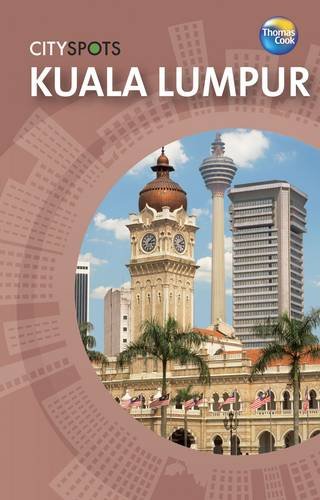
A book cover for Kuala Lumpur (CitySpots); Michelle Balmer; Travel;